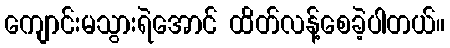
ကျောင်းမသွားရဲအောင် ထိတ်လန့်စေခဲ့ပါတယ်။